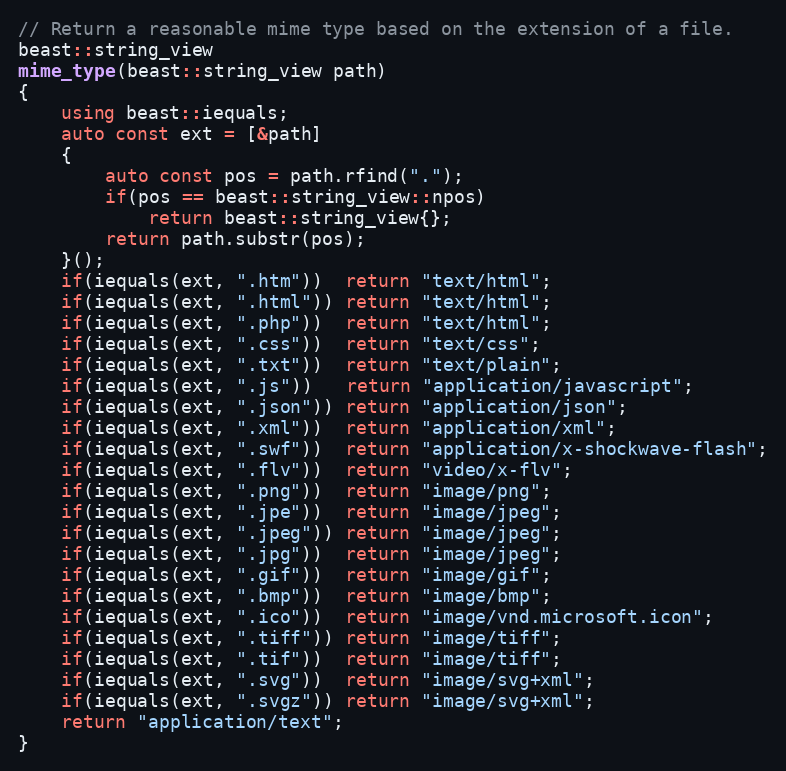
Language: C++
// Return a reasonable mime type based on the extension of a file.
beast::string_view
mime_type(beast::string_view path)
{
    using beast::iequals;
    auto const ext = [&path]
    {
        auto const pos = path.rfind(".");
        if(pos == beast::string_view::npos)
            return beast::string_view{};
        return path.substr(pos);
    }();
    if(iequals(ext, ".htm"))  return "text/html";
    if(iequals(ext, ".html")) return "text/html";
    if(iequals(ext, ".php"))  return "text/html";
    if(iequals(ext, ".css"))  return "text/css";
    if(iequals(ext, ".txt"))  return "text/plain";
    if(iequals(ext, ".js"))   return "application/javascript";
    if(iequals(ext, ".json")) return "application/json";
    if(iequals(ext, ".xml"))  return "application/xml";
    if(iequals(ext, ".swf"))  return "application/x-shockwave-flash";
    if(iequals(ext, ".flv"))  return "video/x-flv";
    if(iequals(ext, ".png"))  return "image/png";
    if(iequals(ext, ".jpe"))  return "image/jpeg";
    if(iequals(ext, ".jpeg")) return "image/jpeg";
    if(iequals(ext, ".jpg"))  return "image/jpeg";
    if(iequals(ext, ".gif"))  return "image/gif";
    if(iequals(ext, ".bmp"))  return "image/bmp";
    if(iequals(ext, ".ico"))  return "image/vnd.microsoft.icon";
    if(iequals(ext, ".tiff")) return "image/tiff";
    if(iequals(ext, ".tif"))  return "image/tiff";
    if(iequals(ext, ".svg"))  return "image/svg+xml";
    if(iequals(ext, ".svgz")) return "image/svg+xml";
    return "application/text";
}